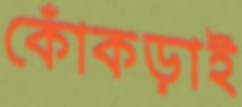
কোঁকড়াই